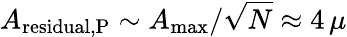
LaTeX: A_{\mathrm{residual,P}}\sim A_{\mathrm{max}}/\sqrt{N}\approx 4\, \mu